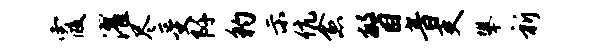
霞濯尽受阡豹示伉愈瞥音吏攀祈